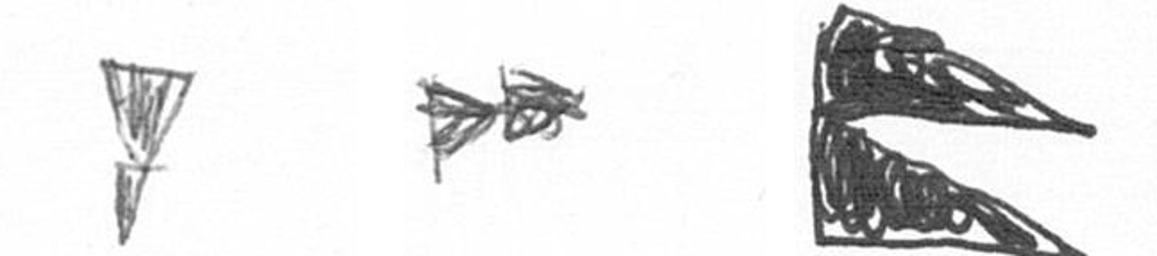
Z A P